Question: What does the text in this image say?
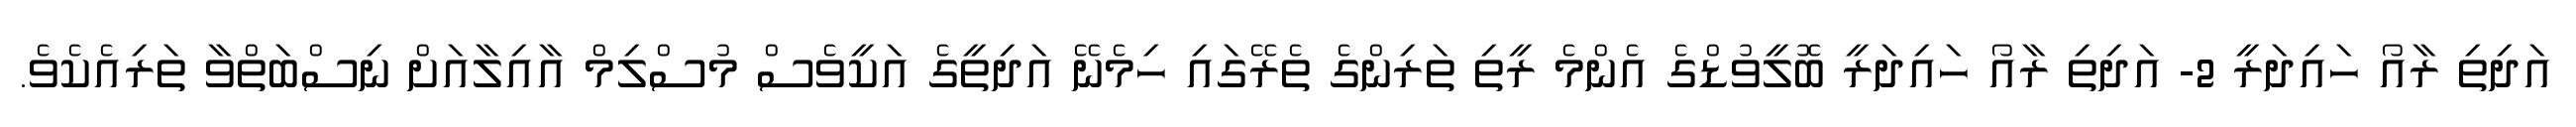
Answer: އަދިތި ރާއޯ ހައިދަރީ 2- އަދިތި ރާއޯ ހައިދަރީ ބޮލީވުޑްގެ އެންމެ ރީތި ތަރިންގެ ތެރޭގައި ހިމެނޭ އަދިތީގެ އަކީވެސް މުސްލިމް އާއިލާއަށް ނިސްބަތްވާ ތަރިއެކެވެ.